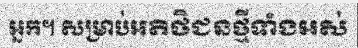
អ្នក។ សម្រាប់អតិថិជនថ្មីទាំងអស់